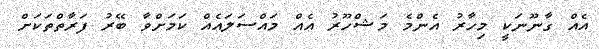
އެއް ގާނޫނަކީ މިހާރު އެންމެ މަޝްހޫރު އެއް މައްސަލައެއް ކަމަށްވާ ބޭރު ފަރާތްތަކަށް